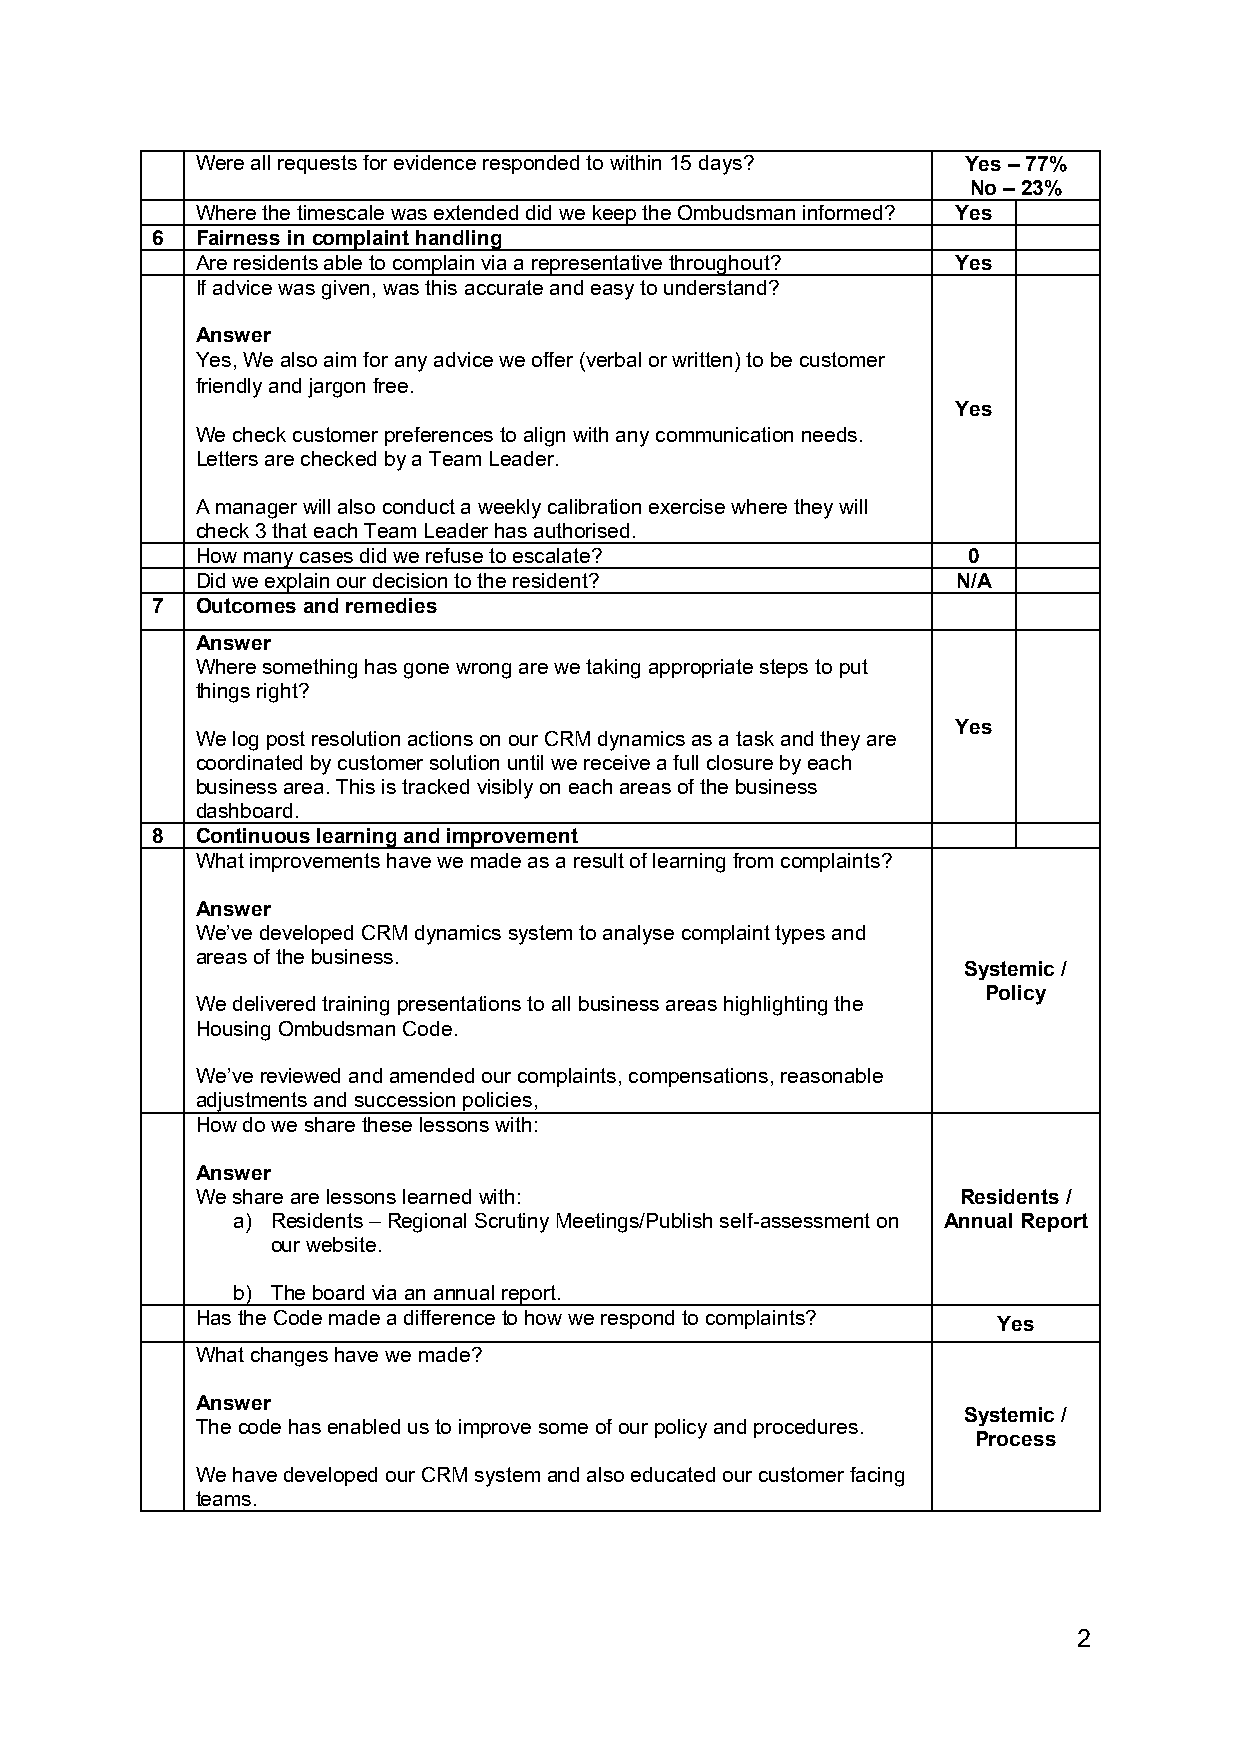
Were all requests for evidence responded to within 15 days? Yes – 77%
 No – 23%
 Where the timescale was extended did we keep the Ombudsman informed? Yes
 6  Fairness in complaint handling
 Are residents able to complain via a representative throughout? Yes
 If advice was given, was this accurate and easy to understand?
 Answer
 Yes, We also aim for any advice we offer (verbal or written) to be customer
 friendly and jargon free.
 Yes
 We check customer preferences to align with any communication needs.
 Letters are checked by a Team Leader.
 A manager will also conduct a weekly calibration exercise where they will
 check 3 that each Team Leader has authorised.
 How many cases did we refuse to escalate?          0
 Did we explain our decision to the resident?      N/A
 7  Outcomes and remedies
 Answer
 Where something has gone wrong are we taking appropriate steps to put
 things right?
 Yes
 We log post resolution actions on our CRM dynamics as a task and they are
 coordinated by customer solution until we receive a full closure by each
 business area. This is tracked visibly on each areas of the business
 dashboard.
 8  Continuous learning and improvement
 What improvements have we made as a result of learning from complaints?
 Answer
 We’ve developed CRM dynamics system to analyse complaint types and
 areas of the business.
 Systemic /
 Policy
 We delivered training presentations to all business areas highlighting the
 Housing Ombudsman Code.
 We’ve reviewed and amended our complaints, compensations, reasonable
 adjustments and succession policies,
 How do we share these lessons with:
 Answer
 We share are lessons learned with:                 Residents /
 a) Residents – Regional Scrutiny Meetings/Publish self-assessment on Annual Report
 our website.
 b) The board via an annual report.
 Has the Code made a difference to how we respond to complaints?
 Yes
 What changes have we made?
 Answer
 Systemic /
 The code has enabled us to improve some of our policy and procedures.
 Process
 We have developed our CRM system and also educated our customer facing
 teams.
 2